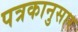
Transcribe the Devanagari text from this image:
पत्रकानुसार